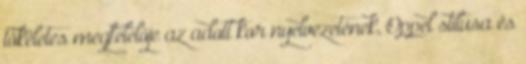
tökéletes megfelelője az adott kor nyelvezetének, Oppel stílusa és